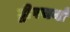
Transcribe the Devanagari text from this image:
द्वीपचर्या